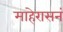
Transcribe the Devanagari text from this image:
माहेरासनं